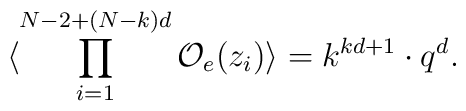
\langle\prod_{i=1}^{N-2+(N-k)d}{\cal O}_{e}(z_{i})\rangle = k^{kd+1}\cdot q^{d}.